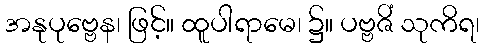
အနုပုဗ္ဗေန၊ ဖြင့်။ ထူပါရာမေ၊ ၌။ ပဗ္ဗဇိံ သုကိရ၊